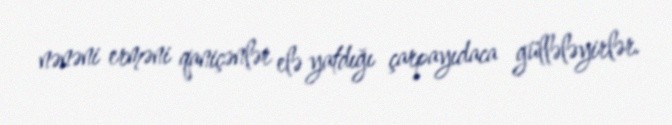
nənəni erməni qaniçənlər elə yatdığı çarpayıdaca güllələyirlər.